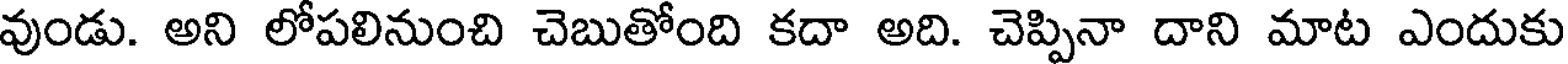
వుండు. అని లోపలినుంచి చెబుతోంది కదా అది. చెప్పినా దాని మాట ఎందుకు